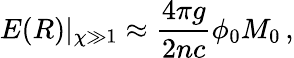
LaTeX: E(R)|_{\chi\gg 1}\approx\frac{4\pi g}{2nc}\phi_{0}M_{0}\, ,